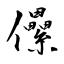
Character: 儽